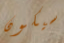
سيكون